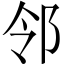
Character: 邻